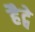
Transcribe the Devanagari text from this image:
हैट्वे